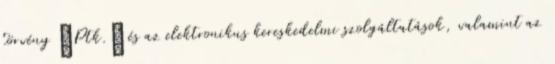
törvény „Ptk.” és az elektronikus kereskedelmi szolgáltatások, valamint az